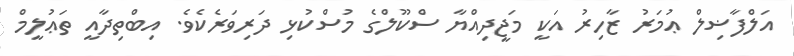
އަލްފާޟިލް ޢުމަރު ޒާހިރު އަކީ މަޖީދިއްޔާ ސްކޫލްގެ މުސްކުޅި ދަރިވަރެކެވެ. އިބްތިދާއީ ތަޢުލީމް